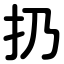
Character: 扔